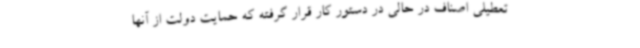
تعطیلی اصناف در حالی در دستور کار قرار گرفته که حمایت دولت از آنها